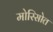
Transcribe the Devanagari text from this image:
मोरिसोत